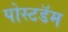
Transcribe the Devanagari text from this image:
पोस्टडॅम